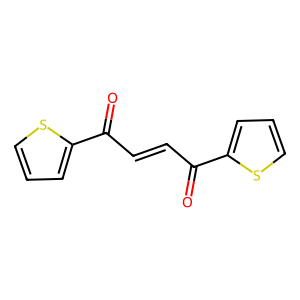
SMILES: O=C(C=CC(=O)c1cccs1)c1cccs1
Inhibits HIV replication: No